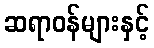
ဆရာဝန်များနှင့်